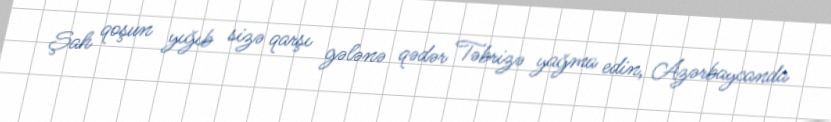
Şah qoşun yığıb sizə qarşı gələnə qədər Təbrizə yağma edin, Azərbaycanda